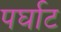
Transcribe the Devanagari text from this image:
पर्घाट